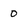
Character: 0